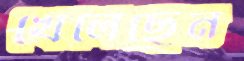
খেলেছেন